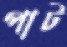
পাট